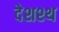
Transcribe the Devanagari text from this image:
देशश्थ